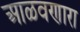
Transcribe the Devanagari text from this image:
आळवणारा